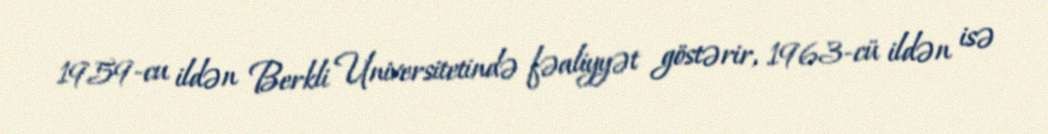
1959-cu ildən Berkli Universitetində fəaliyyət göstərir, 1963-cü ildən isə